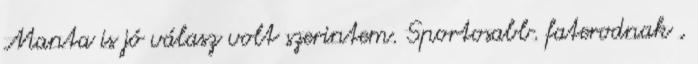
Manta is jó válasz volt szerintem. Sportosabb. faterodnak ,